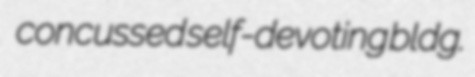
concussed self-devoting bldg.